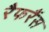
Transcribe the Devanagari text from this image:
रैफरैंस